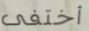
أختفى